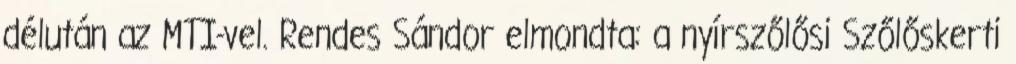
délután az MTI-vel. Rendes Sándor elmondta: a nyírszőlősi Szőlőskerti